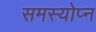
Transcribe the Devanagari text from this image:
समस्योप्न